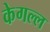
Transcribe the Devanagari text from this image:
केगल्ल